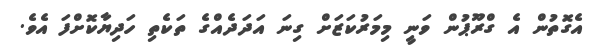
އެގޮތުން އެ ގްރޫޕުން ވަނީ މިމަރުކަޒަށް ގިނަ އަދަދެއްގެ ތަކެތި ހަދިޔާކޮށްފަ އެވެ.